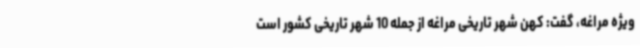
ویژه مراغه، گفت: کهن شهر تاریخی مراغه از جمله 10 شهر تاریخی کشور است